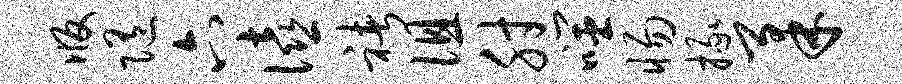
版随六僖褚徂肘噬惕掾柔